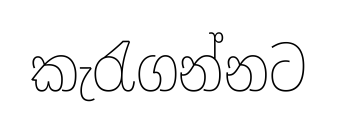
කැරැගන්නට